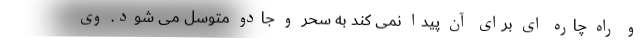
و راه چاره ای برای آن پیدا نمی کند به سحر و جادو متوسل می شود. وی